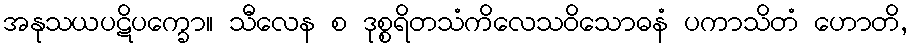
အနုသယပဋိပက္ခော။ သီလေန စ ဒုစ္စရိတသံကိလေသဝိသောဓနံ ပကာသိတံ ဟောတိ,